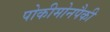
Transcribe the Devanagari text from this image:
पोकीमोनपैकी